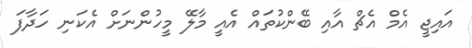
އައިޖީ އެމް އެޗް އާއި ބޭންކުތައް އެއީ މާލޭ މީހުންނަށް އެކަނި ހަދާފަ